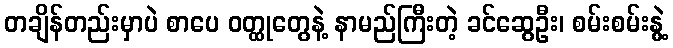
တချိန်တည်းမှာပဲ စာပေ ဝတ္ထုတွေနဲ့ နာမည်ကြီးတဲ့ ခင်ဆွေဦး၊ စမ်းစမ်းနွဲ့